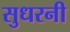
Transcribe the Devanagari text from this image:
सुधरनी